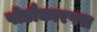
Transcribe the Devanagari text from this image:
पोडौकारपस